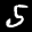
Label: 5